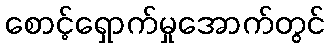
စောင့်ရှောက်မှုအောက်တွင်